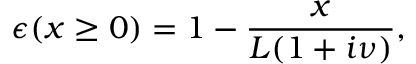
\epsilon ( x \ge 0 ) = 1 - \frac { x } { L ( 1 + i \nu ) } ,